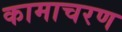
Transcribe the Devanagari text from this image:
कामाचरण